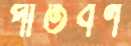
পীতবর্ণ